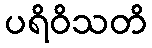
ပရိဝိသတိ